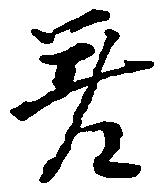
差